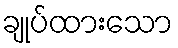
ချုပ်ထားသော